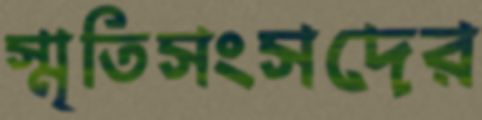
স্মৃতিসংসদের